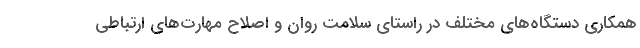
همکاری دستگاه‌های مختلف در راستای سلامت روان و اصلاح مهارت‌های ارتباطی